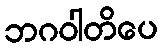
ဘဂဝါတိပေ